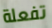
تفعلة